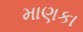
માણકા